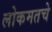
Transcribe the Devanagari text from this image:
लोकमतचे